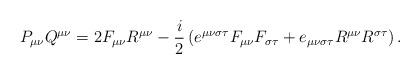
LaTeX: \begin{align*}P_{\mu\nu}Q^{\mu\nu}=2F_{\mu\nu}R^{\mu\nu}-\frac{i}{2}\left( e^{\mu\nu\sigma\tau}F_{\mu\nu}F_{\sigma\tau}+e_{\mu\nu\sigma\tau}R^{\mu\nu}R^{\sigma\tau}\right) . \end{align*}